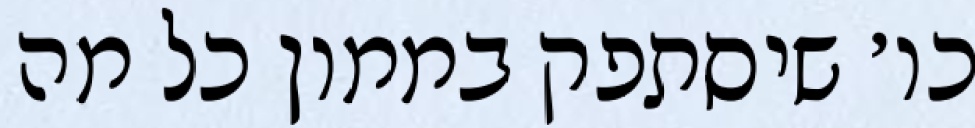
כו׳ שיסתפק בממון כל מה